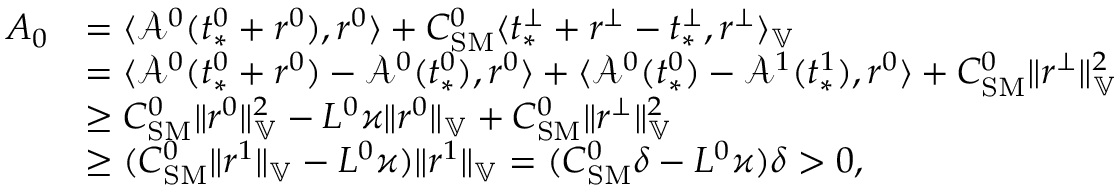
\begin{array} { r l } { A _ { 0 } } & { = \langle \mathcal { A } ^ { 0 } ( t _ { * } ^ { 0 } + r ^ { 0 } ) , r ^ { 0 } \rangle + C _ { \mathrm { S M } } ^ { 0 } \langle t _ { * } ^ { \perp } + r ^ { \perp } - t _ { * } ^ { \perp } , r ^ { \perp } \rangle _ { \mathbb { V } } } \\ & { = \langle \mathcal { A } ^ { 0 } ( t _ { * } ^ { 0 } + r ^ { 0 } ) - \mathcal { A } ^ { 0 } ( t _ { * } ^ { 0 } ) , r ^ { 0 } \rangle + \langle \mathcal { A } ^ { 0 } ( t _ { * } ^ { 0 } ) - \mathcal { A } ^ { 1 } ( t _ { * } ^ { 1 } ) , r ^ { 0 } \rangle + C _ { \mathrm { S M } } ^ { 0 } \| r ^ { \perp } \| _ { \mathbb { V } } ^ { 2 } } \\ & { \ge C _ { \mathrm { S M } } ^ { 0 } \| r ^ { 0 } \| _ { \mathbb { V } } ^ { 2 } - L ^ { 0 } \varkappa \| r ^ { 0 } \| _ { \mathbb { V } } + C _ { \mathrm { S M } } ^ { 0 } \| r ^ { \perp } \| _ { \mathbb { V } } ^ { 2 } } \\ & { \ge ( C _ { \mathrm { S M } } ^ { 0 } \| r ^ { 1 } \| _ { \mathbb { V } } - L ^ { 0 } \varkappa ) \| r ^ { 1 } \| _ { \mathbb { V } } = ( C _ { \mathrm { S M } } ^ { 0 } \delta - L ^ { 0 } \varkappa ) \delta > 0 , } \end{array}